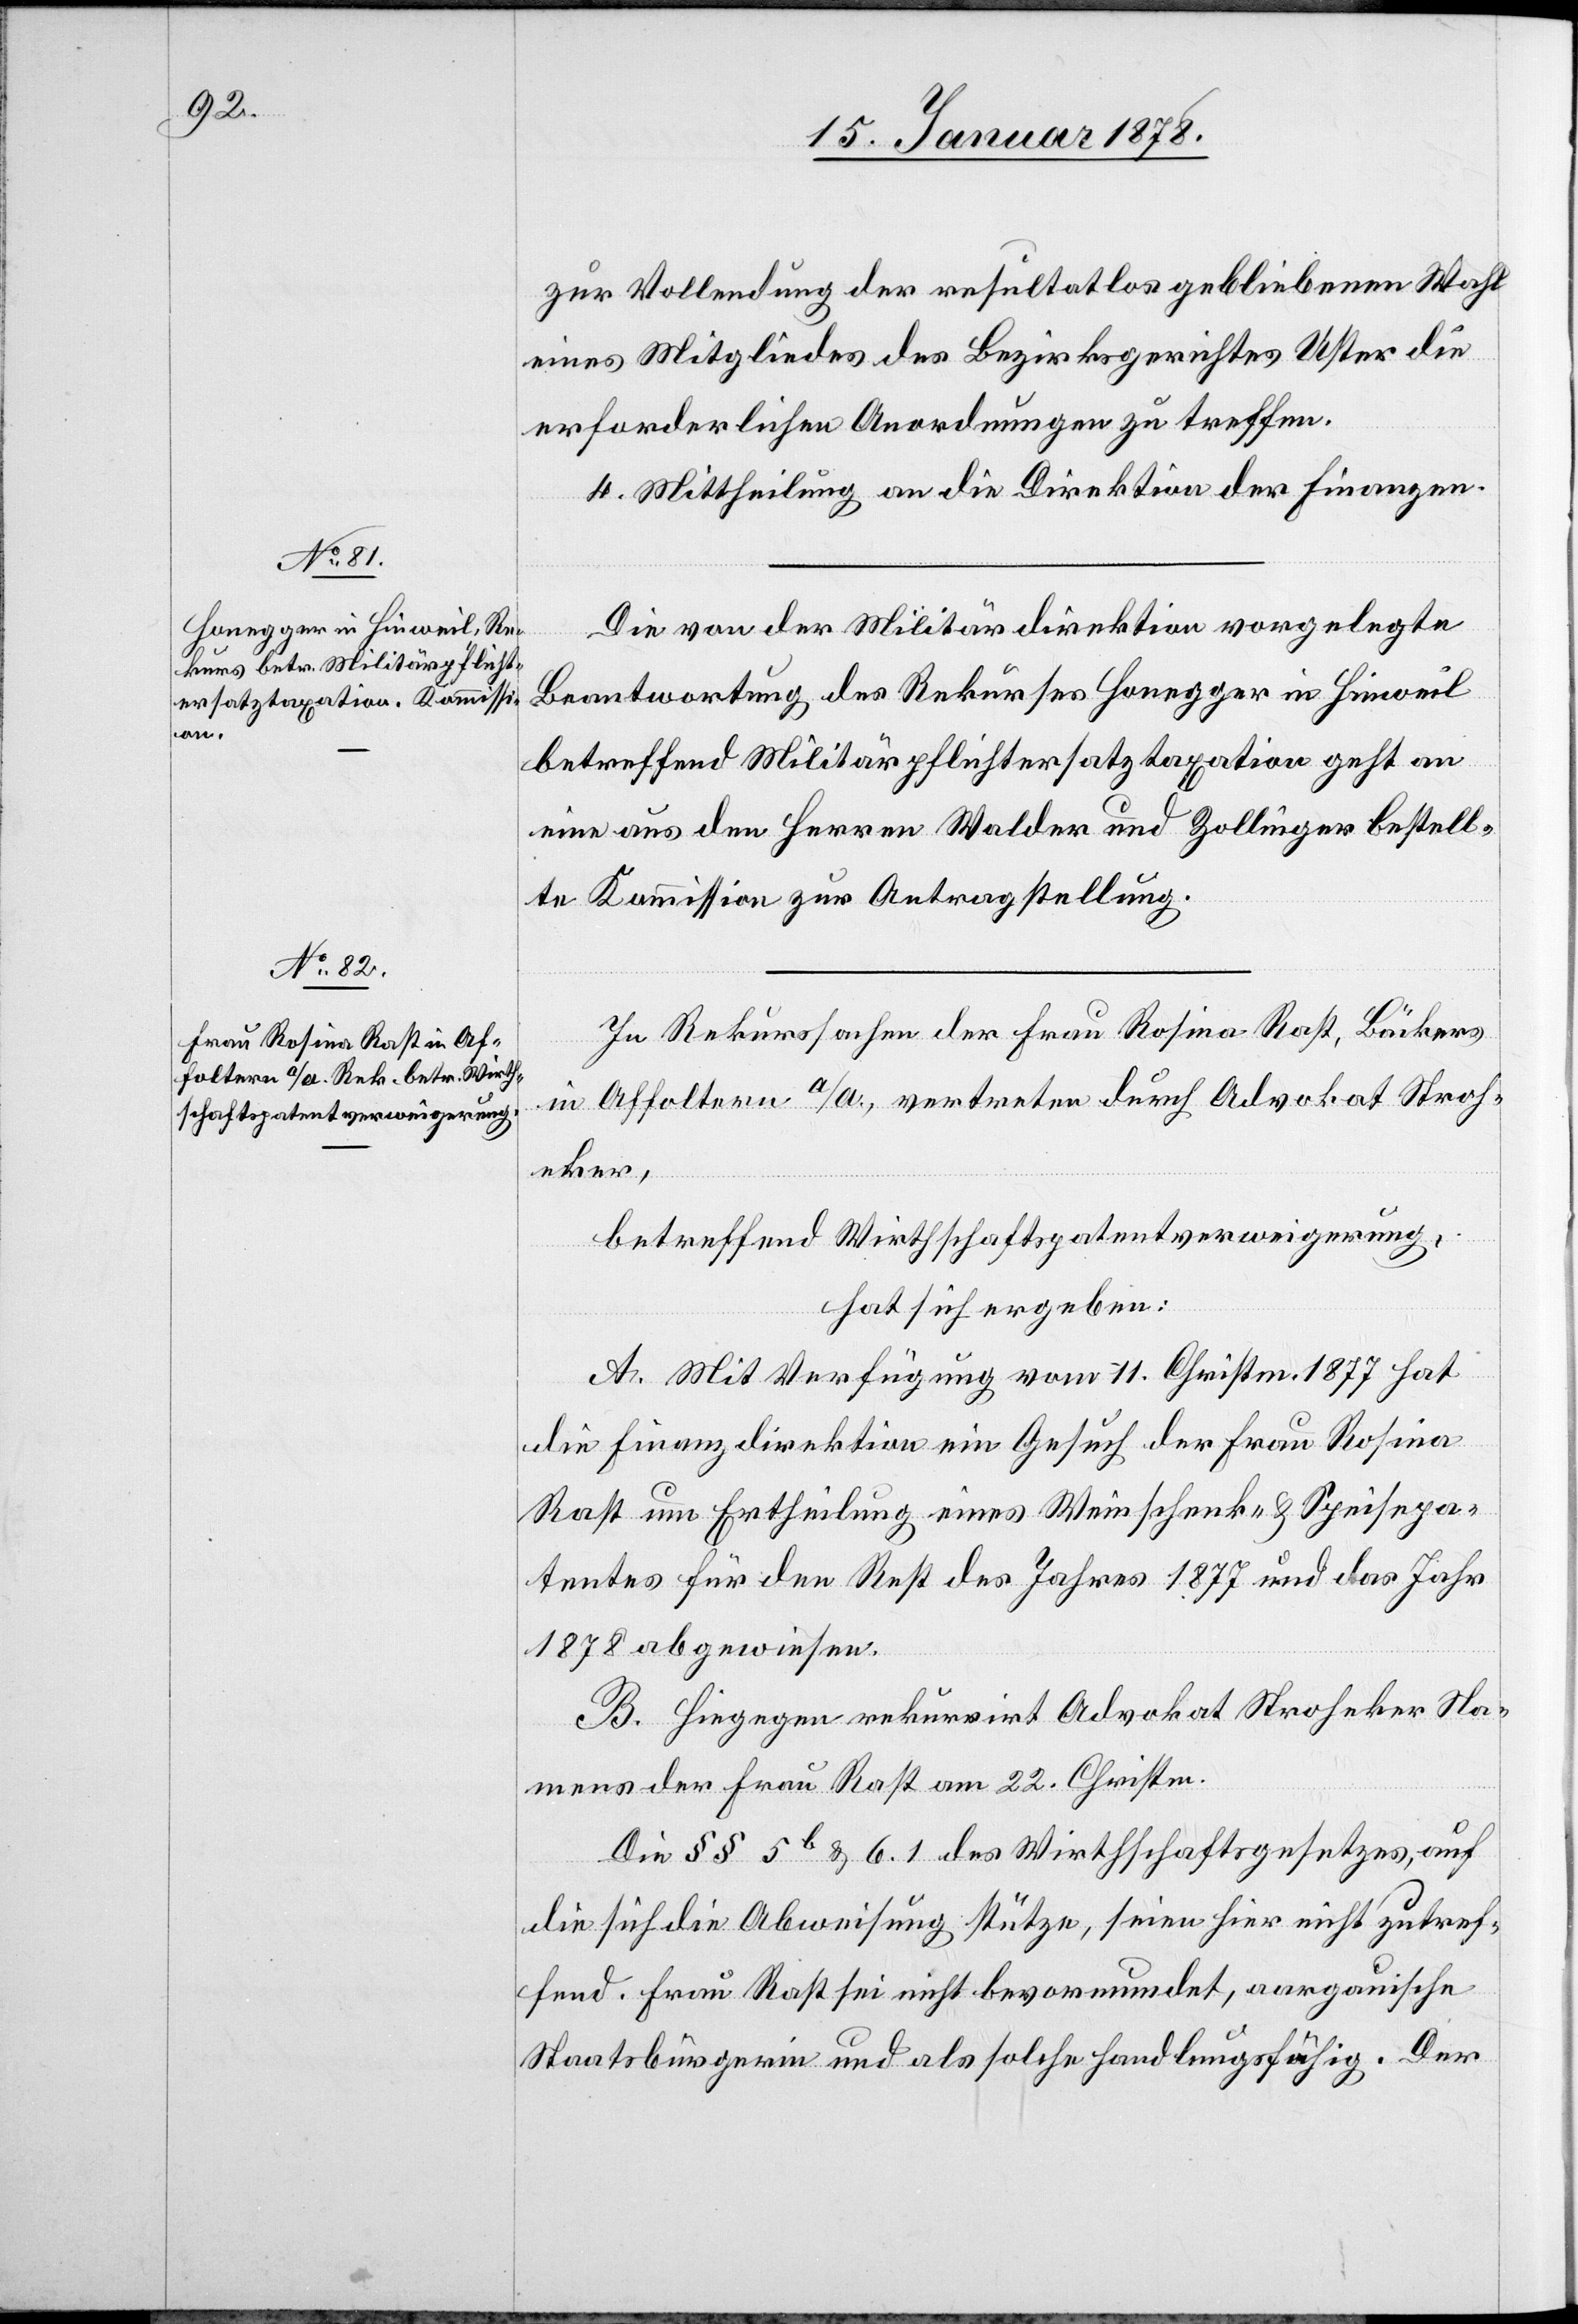
zur Vollendung der resultatlos gebliebenen Wahl
eines Mitgliedes des Bezirksgerichtes Uster die
erforderlichen Anordnungen zu treffen.
4. Mittheilung an die Direktion der Finanzen.
Die von der Militärdirektion vorgelegte
Beantwortung des Rekurses Honegger in Hinweil
betreffend Militärpflichtersatztaxation geht an
eine aus den Herren Walder und Zollinger bestell¬
te Kommission zur Antragstellung.
In Rekurssache der Frau Rosina Rast, Bäckers
in Affoltern a/A., vertreten durch Advokat Stroh¬
eker,
betreffend Wirthschaftspatentverweigerung,
hat sich ergeben:
A. Mit Verfügung vom 11. Christm. 1877 hat
die Finanzdirektion ein Gesuch der Frau Rosina
Rast um Ertheilung eines Weinschenk- & Speisepa¬
tentes für den Rest des Jahres 1877 und das Jahr
1878 abgewiesen.
B. Hiegegen rekurrirt Advokat Stroheker Na¬
mens der Frau Rast am 22. Christm.
Die §§ 5b & 6.1 des Wirthschaftsgesetzes, auf
die sich die Abweisung stütze, seien hier nicht zutref¬
fend. Frau Rast sei nicht bevormundet, aargauische
Staatsbürgerin und als solche handlungsfähig. Der